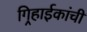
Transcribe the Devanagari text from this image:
गिर्‍हाईकांची